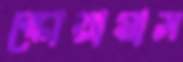
স্কোয়ামাস